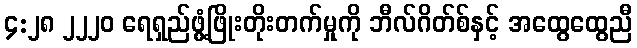
၄:၂၈ ၂၂၂၀ ရေရှည်ဖွံ့ဖြိုးတိုးတက်မှုကို ဘီလ်ဂိတ်စ်နှင့် အထွေထွေညီ